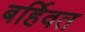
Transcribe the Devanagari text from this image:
बर्हिवत